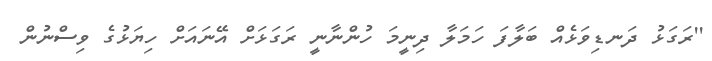
''ރަގަޅު ދަނޑިވަޅެއް ބަލާފަ ހަމަލާ ދިނީމަ ހުންނާނީ ރަގަޅަށް އޭނައަށް ހިޔަޅުގެ ވިސްނުން